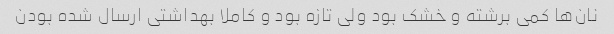
نان‌ها کمی برشته و خشک بود ولی تازه بود و کاملا بهداشتی ارسال شده بودن